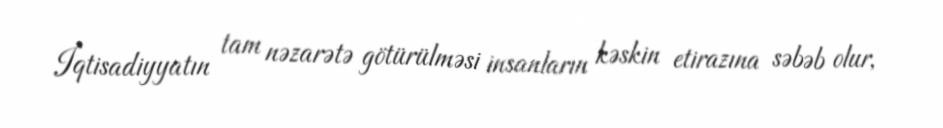
İqtisadiyyatın tam nəzarətə götürülməsi insanların kəskin etirazına səbəb olur,